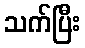
သက်ပြီး